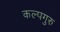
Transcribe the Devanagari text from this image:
कल्पगुरु